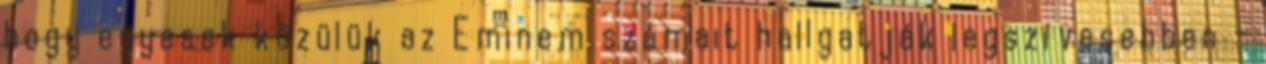
hogy egyesek közülük az Eminem számait hallgatják legszívesebben -